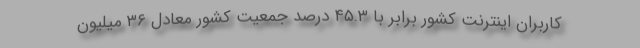
كاربران اينترنت كشور برابر با ۴۵.۳ درصد جمعيت كشور معادل ۳۶ ميليون